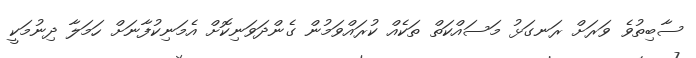
ސާބިތުވެ ވަރަށް ރަނގަޅު މަސައްކަތް ތަކެއް ކުރައްވަމުން ގެންދަވަނިކޮށް އެމަނިކުފާނަށް ހަމަލާ ދިނުމަކީ